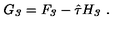
G _ { \it 3 } = F _ { \it 3 } - \hat { \tau } H _ { \it 3 } \ .